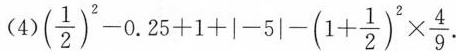
$$4)(\frac{1}{2})^{2}-0.25+1+|-5|-(1+ \frac{1}{2})^{2}\times \frac{4}{9}$$